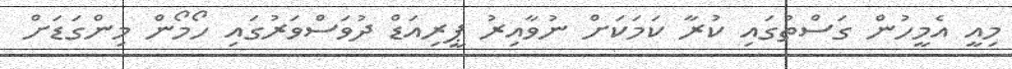
މިއީ އެމީހުން ގަސްތުގައި ކުރާ ކަމަކަށް ނުވާއިރު ޕީރިއަޑް ދުވަސްވަރުގައި ހޯމޯން މިންގަޑަށް